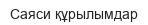
Саяси құрылымдар